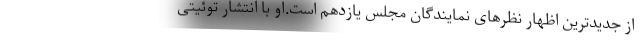
از جدیدترین اظهار نظرهای نمایندگان مجلس یازدهم است.او با انتشار توئیتی